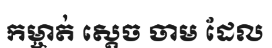
កម្ចាត់ ស្តេច ចាម ដែល